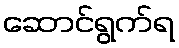
ဆောင်ရွက်ရ